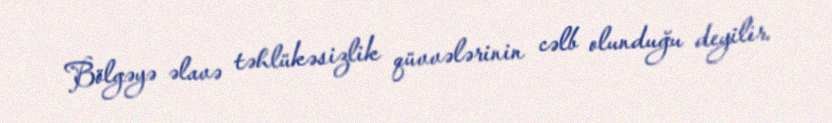
Bölgəyə əlavə təhlükəsizlik qüvvələrinin cəlb olunduğu deyilir.